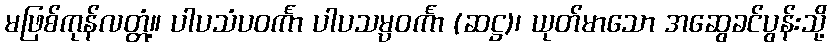
မဖြစ်ကုန်လတ္တံ့။ ပါပသံပဝင်္ကာ ပါပသမ္ပဝင်္ကာ (ဆဋ္ဌ)၊ ယုတ်မာသော အဆွေခင်ပွန်းသို့